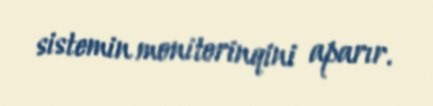
sistemin monitorinqini aparır.